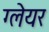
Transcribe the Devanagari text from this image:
ग्‍लेयर